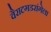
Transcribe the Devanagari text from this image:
वैराटगडरांगेला